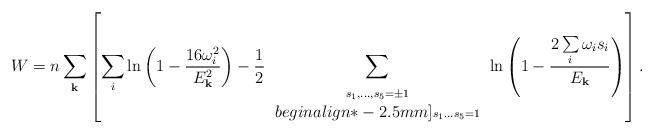
LaTeX: \begin{align*} W=n\sum_{\bf k}\left[\sum_{i} \ln\left(1-\frac{16\omega^2 _i}{E_{\bf k}^2}\right) -\frac{1}{2}\sum_{ \begin{array}{c} \scriptstyle s_1,\ldots,s_5=\pm 1\\begin{align*}-2.5mm] \scriptstyle s_1\ldots s_5=1 \end{array} }\ln\left(1-\frac{2\sum\limits_{i}\omega _is_i}{E_{\bf k}}\right)\right].\end{align*}